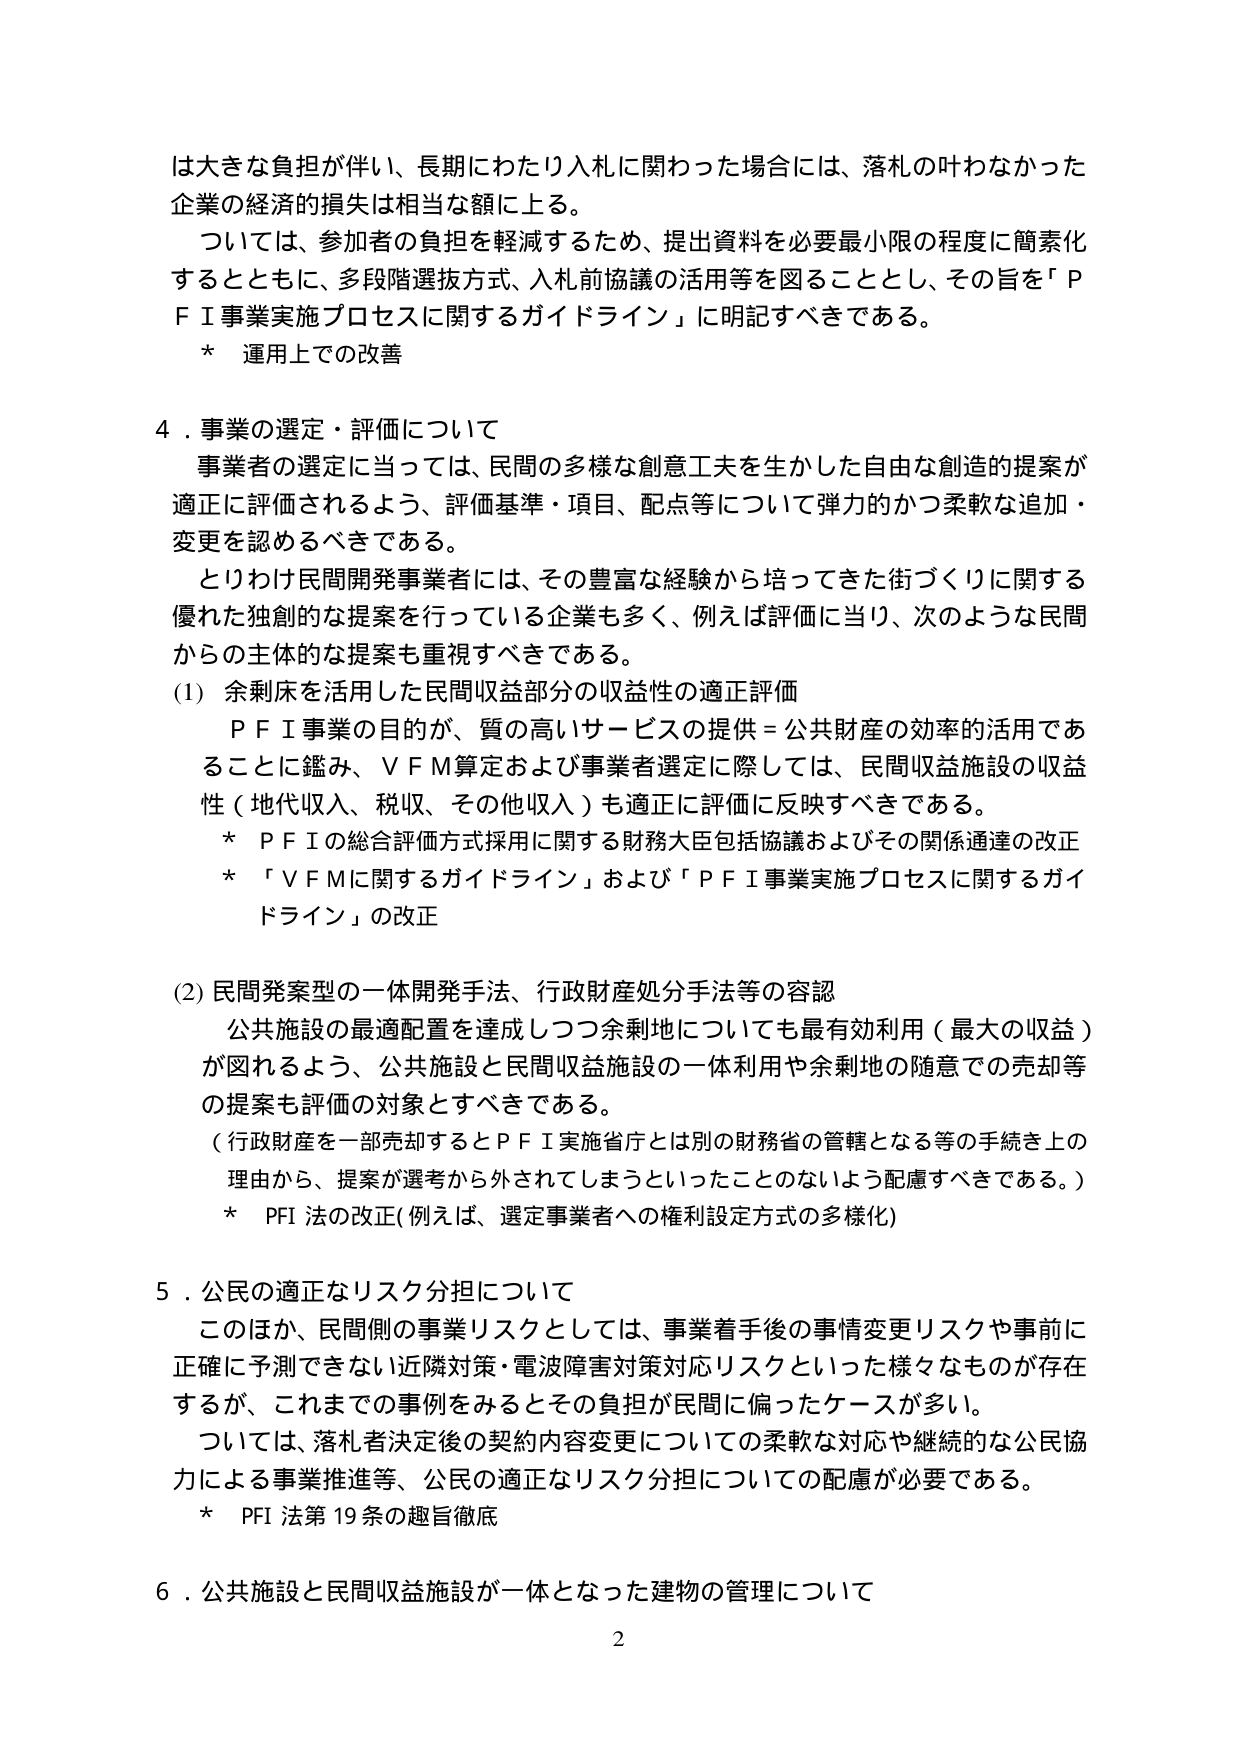
は大きな負担が伴い、長期にわたり入札に関わった場合には、落札の叶わなかった企業の経済的損失は相当な額に上る。

ついては、参加者の負担を軽減するため、提出資料を必要最小限の程度に簡素化するとともに、多段階選抜方式、入札前協議の活用等を図ることとし、その旨を「ＰＦＩ事業実施プロセスに関するガイドライン」に明記すべきである。

* 運用上での改善

４．事業の選定・評価について

事業者の選定に当っては、民間の多様な創意工夫を生かした自由な創造的提案が適正に評価されるよう、評価基準・項目、配点等について弾力的かつ柔軟な追加・変更を認めるべきである。

とりわけ民間開発事業者には、その豊富な経験から培ってきた街づくりに関する優れた独創的な提案を行っている企業も多く、例えば評価に当り、次のような民間からの主体的な提案も重視すべきである。

(1) 余剰床を活用した民間収益部分の収益性の適正評価

ＰＦＩ事業の目的が、質の高いサービスの提供＝公共財産の効率的活用であることに鑑み、ＶＦＭ算定および事業者選定に際しては、民間収益施設の収益性（地代収入、税収、その他収入）も適正に評価に反映すべきである。

* ＰＦＩの総合評価方式採用に関する財務大臣包括協議およびその関係通達の改正

* 「ＶＦＭに関するガイドライン」および「ＰＦＩ事業実施プロセスに関するガイドライン」の改正

(2) 民間発案型の一体開発手法、行政財産処分手法等の容認

公共施設の最適配置を達成しつつ余剰地についても最有效利用（最大の収益）が図れるよう、公共施設と民間収益施設の一体利用や余剰地の随意での売却等の提案も評価の対象とすべきである。

（行政財産を一部売却するとＰＦＩ実施省庁とは別の財務省の管轄となる等の手続き上の理由から、提案が選考から外されてしまうといったことのないよう配慮すべきである。）

* PFI 法の改正（例えば、選定事業者への権利設定方式の多様化）

５．公民の適正なリスク分担について

このほか、民間側の事業リスクとしては、事業着手後の事情変更リスクや事前に正確に予測できない近隣対策・電波障害対策対応リスクといった様なものが存在するが、これまでの事例をみるとその負担が民間に偏ったケースが多い。

ついては、落札者決定後の契約内容変更についての柔軟な対応や継続的な公民協力による事業推進等、公民の適正なリスク分担についての配慮が必要である。

* PFI 法第19条の趣旨徹底

６．公共施設と民間収益施設が一体となった建物の管理について

2